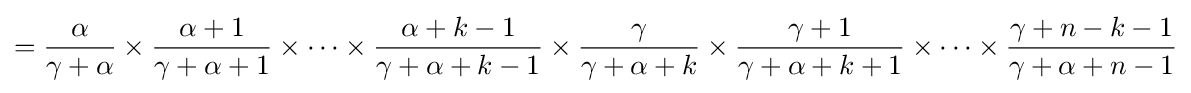
={\frac {\alpha }{\gamma +\alpha }}\times {\frac {\alpha +1}{\gamma +\alpha +1}}\times \cdots \times {\frac {\alpha +k-1}{\gamma +\alpha +k-1}}\times {\frac {\gamma }{\gamma +\alpha +k}}\times {\frac {\gamma +1}{\gamma +\alpha +k+1}}\times \cdots \times {\frac {\gamma +n-k-1}{\gamma +\alpha +n-1}}